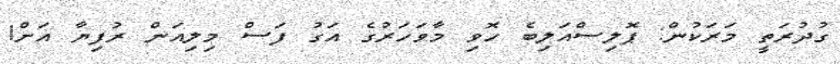
ގުދުރަތީ މަރަކުން: ޕޮލިސްއަލިބެ ހޮވި މާވަހަރުގެ އަގު ފަސް މިލިއަން ރުފިޔާ އަށް!